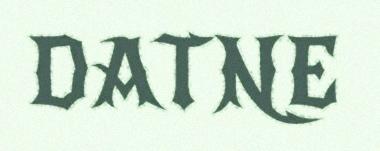
DATNE